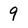
Character: 9